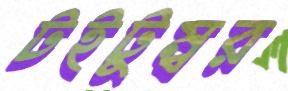
টইটুম্বর